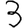
Digit: 3